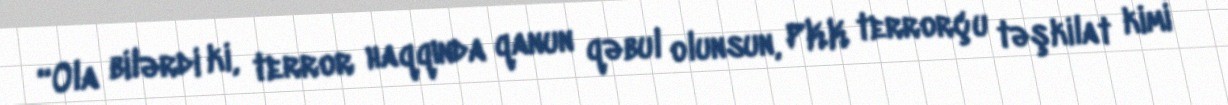
“Ola bilərdi ki, terror haqqında qanun qəbul olunsun, PKK terrorçu təşkilat kimi